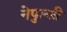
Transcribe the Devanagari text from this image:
नेपुल्सी